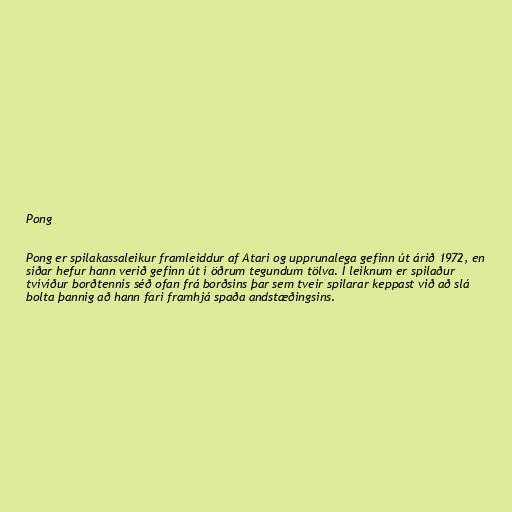
Pong

Pong er spilakassaleikur framleiddur af Atari og upprunalega gefinn út árið 1972, en
síðar hefur hann verið gefinn út í öðrum tegundum tölva. Í leiknum er spilaður
tvívíður borðtennis séð ofan frá borðsins þar sem tveir spilarar keppast við að slá
bolta þannig að hann fari framhjá spaða andstæðingsins.